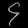
Digit: ၄